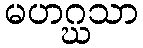
မဟဂ္ဃသာ